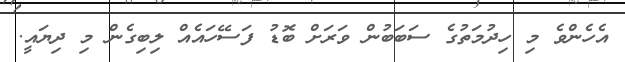
އެހެންވެ މި ހިދުމަތުގެ ސަބަބުން ވަރަށް ބޮޑު ފަސޭހައެއް ލިބިގެން މި ދިޔައީ.